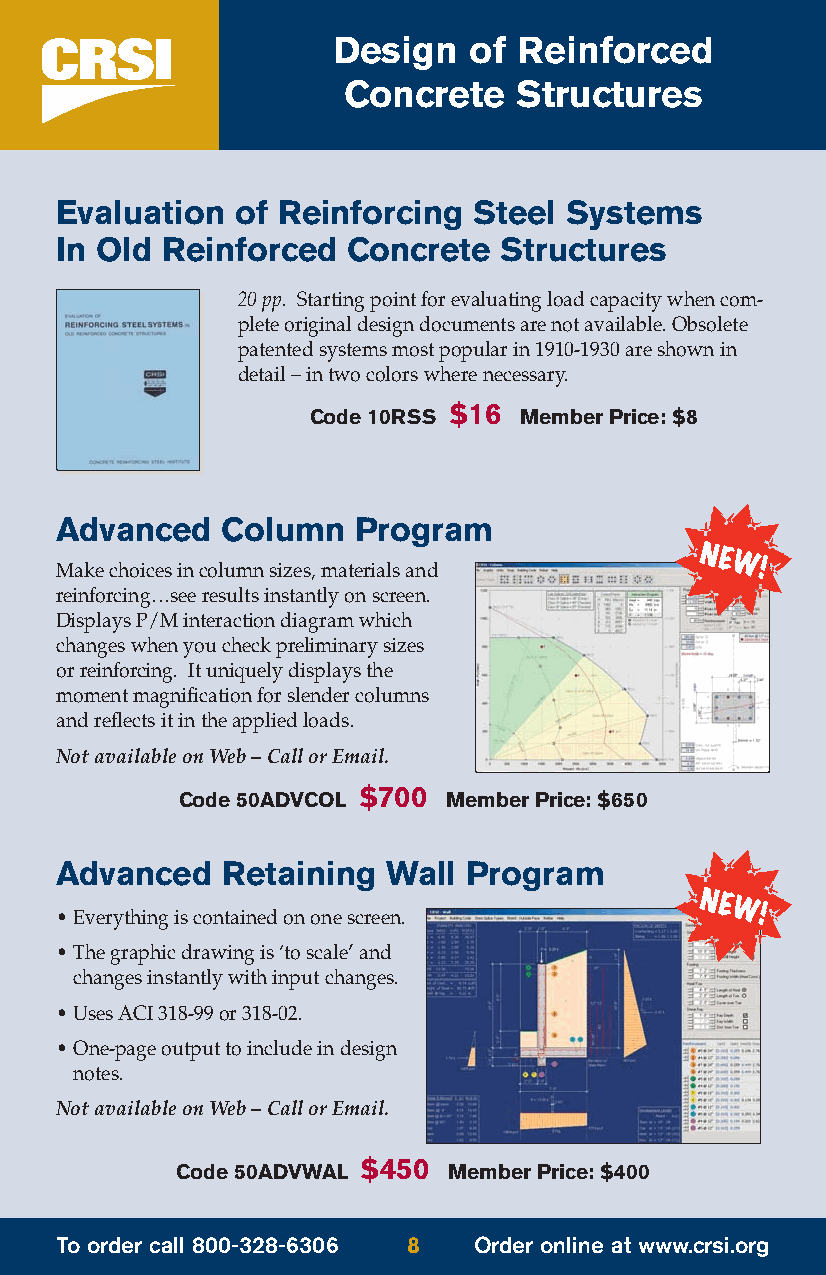
Design   of Reinforced
 Concrete   Structures
 Evaluation  of Reinforcing Steel Systems
 In Old Reinforced  Concrete  Structures
 20 pp. Starting point for evaluating load capacity when com-
 plete original design documents are not available. Obsolete
 patented systems most popular in 1910-1930 are shown in
 detail – in two colors where necessary.
 $16
 Code 10RSS    Member Price: $8
 Advanced   Column   Program
 Make choices in column sizes, materials and
 reinforcing…see results instantly on screen.
 Displays P/M interaction diagram which
 changes when you check preliminary sizes
 or reinforcing. It uniquely displays the
 moment magnification for slender columns
 and reflects it in the applied loads.
 Not available on Web – Call or Email.
 $700
 Code 50ADVCOL    Member Price: $650
 Advanced   Retaining  Wall Program
 • Everything is contained on one screen.
 • The graphic drawing is ‘to scale’ and
 changes instantly with input changes.
 • Uses ACI 318-99 or 318-02.
 • One-page output to include in design
 notes.
 Not available on Web – Call or Email.
 $450
 Code 50ADVWAL     Member Price: $400
 To order call 800-328-6306 8 Order online at www.crsi.org